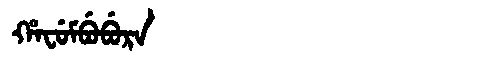
Manchu: ᡥᠠᠸᡠᠮᠪᡠᠪᡠᡵᠠ
Romanization: HAFUMBUBURA